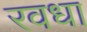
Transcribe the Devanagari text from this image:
रवधा